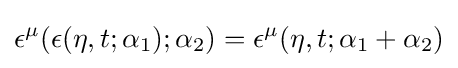
\epsilon ^{\mu }(\epsilon (\eta ,t;\alpha _{1});\alpha _{2})=\epsilon ^{\mu }(\eta ,t;\alpha _{1}+\alpha _{2})